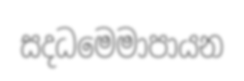
සදධමෙමාපායන